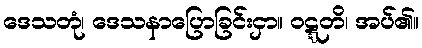
ဒေသတုံ၊ ဒေသနာပြောခြင်းငှာ။ ဝဋ္ဋတိ၊ အပ်၏။